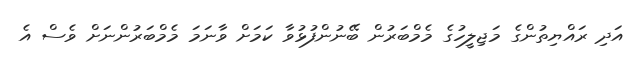
އަދި ރައްޔިތުންގެ މަޖިލީހުގެ މެމްބަރުން ބޭނުންފުޅުވާ ކަމަށް ވާނަމަ މެމްބަރުންނަށް ވެސް އެ